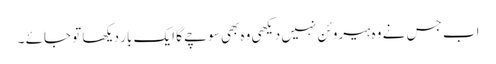
اب جس نے وہ ہیروئن نہیں دیکھی وہ بھی سوچے گا ایک بار دیکھا تو جائے ۔